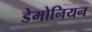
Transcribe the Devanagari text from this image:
डेमोनियन